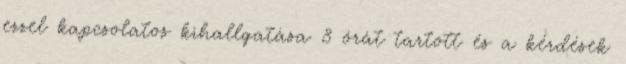
ezzel kapcsolatos kihallgatása 8 órát tartott és a kérdések